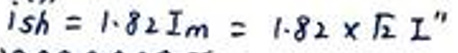
$i_{sh}=1.82I_{m}=1.82\times \sqrt{2}I''$